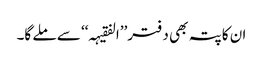
ان کا پتہ بھی دفتر’’ا لفقیہہ‘‘ سے ملے گا۔